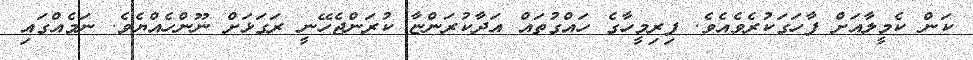
ކަން ކެމީލާއަށް ފާހަގަކުރެވެއެވެ. ފިރިމީހާގެ ހައްގުތައް އަދާކުރަންޏާ ކުރަންޖެހޭނީ ރަގަޅަށް ނޫންހެއްޔެވެ. ނަމެއްގައި